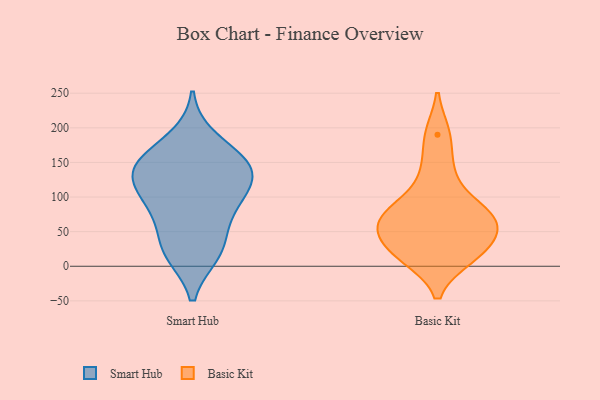
{"axis": {"x": "Customer Acquisition Cost (USD)", "y": "Value"}, "legend": ["Basic Kit", "Smart Hub"], "data": [{"x": "", "y": 184, "type": "Smart Hub"}, {"x": "", "y": 101, "type": "Smart Hub"}, {"x": "", "y": 33, "type": "Smart Hub"}, {"x": "", "y": 133, "type": "Smart Hub"}, {"x": "", "y": 85, "type": "Smart Hub"}, {"x": "", "y": 142, "type": "Smart Hub"}, {"x": "", "y": 146, "type": "Smart Hub"}, {"x": "", "y": 20, "type": "Smart Hub"}, {"x": "", "y": 153, "type": "Smart Hub"}, {"x": "", "y": 112, "type": "Smart Hub"}, {"x": "", "y": 76, "type": "Smart Hub"}, {"x": "", "y": 142, "type": "Smart Hub"}, {"x": "", "y": 19, "type": "Smart Hub"}, {"x": "", "y": 77, "type": "Basic Kit"}, {"x": "", "y": 88, "type": "Basic Kit"}, {"x": "", "y": 137, "type": "Basic Kit"}, {"x": "", "y": 14, "type": "Basic Kit"}, {"x": "", "y": 61, "type": "Basic Kit"}, {"x": "", "y": 17, "type": "Basic Kit"}, {"x": "", "y": 27, "type": "Basic Kit"}, {"x": "", "y": 64, "type": "Basic Kit"}, {"x": "", "y": 190, "type": "Basic Kit"}, {"x": "", "y": 54, "type": "Basic Kit"}]}